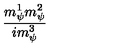
\frac { m _ { \psi } ^ { 1 } m _ { \psi } ^ { 2 } } { i m _ { \psi } ^ { 3 } }